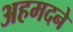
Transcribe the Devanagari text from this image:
अहमदने